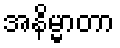
အနိမ္မာတာ